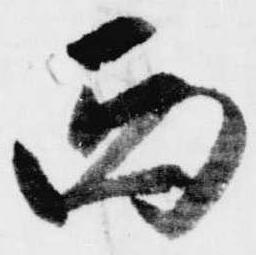
西